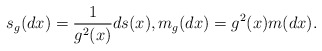
\begin{align*}s_g(dx)=\frac{1}{g^2(x)}ds(x), m_g(dx)=g^2(x)m(dx).\end{align*}